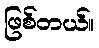
ဖြစ်တယ်။